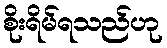
စိုးရိမ်ရသည်ဟု